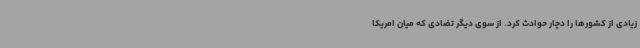
زیادی از کشورها را دچار حوادث کرد. از سوی دیگر تضادی که میان امریکا